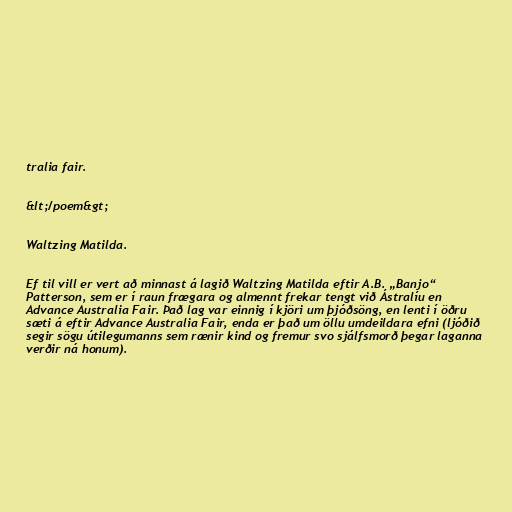
tralia fair.

&lt;/poem&gt;

Waltzing Matilda.

Ef til vill er vert að minnast á lagið Waltzing Matilda eftir A.B. „Banjo“
Patterson, sem er í raun frægara og almennt frekar tengt við Ástralíu en
Advance Australia Fair. Það lag var einnig í kjöri um þjóðsöng, en lenti í öðru
sæti á eftir Advance Australia Fair, enda er það um öllu umdeildara efni (ljóðið
segir sögu útilegumanns sem rænir kind og fremur svo sjálfsmorð þegar laganna
verðir ná honum).